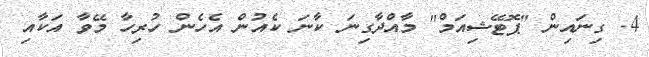
4. ގިނައިން "ޕޮޓޭޝިއަމް" މާއްދާގިނަ ކާނަ ކެއުން އެހެން ހުރިހާ މޭވާ އަކާއި